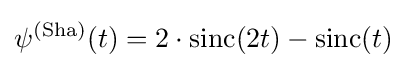
\psi ^{(\operatorname {Sha} )}(t)=2\cdot \operatorname {sinc} (2t)-\operatorname {sinc} (t)